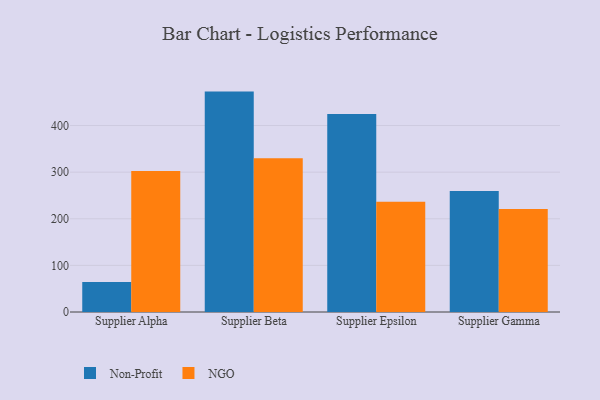
{"axis": {"x": "Supplier", "y": "Website Visitors"}, "legend": ["NGO", "Non-Profit"], "data": [{"x": "Supplier Alpha", "y": 64.4, "type": "Non-Profit"}, {"x": "Supplier Alpha", "y": 302.5, "type": "NGO"}, {"x": "Supplier Beta", "y": 472.8, "type": "Non-Profit"}, {"x": "Supplier Beta", "y": 330.0, "type": "NGO"}, {"x": "Supplier Epsilon", "y": 424.5, "type": "Non-Profit"}, {"x": "Supplier Epsilon", "y": 236.3, "type": "NGO"}, {"x": "Supplier Gamma", "y": 259.5, "type": "Non-Profit"}, {"x": "Supplier Gamma", "y": 221.2, "type": "NGO"}]}